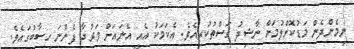
ނިމެންދެން މަޑުކޮށްލުމަށް ނާޝިދު ގަސްތުކުރިއެވެ. އެކަމަކު އެއީ އޭނައަށް ވަރުދާ ފެންނަ ހިސާބުގައެވެ.